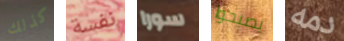
كذلك نفسة سورا يصبحوا دمه